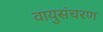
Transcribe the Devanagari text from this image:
वायुसंचरण